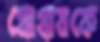
প্রোগ্রামকে